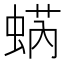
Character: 蜹